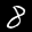
Label: 8